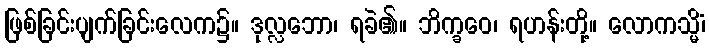
ဖြစ်ခြင်းပျက်ခြင်းလေက၌။ ဒုလ္လဘော၊ ရခဲ၏။ ဘိက္ခဝေ၊ ရဟန်းတို့။ လောကသ္မိံ၊